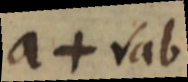
a + √ab